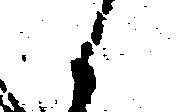
候